Indian journal of veterinary science and animal husbandry - Volume 5,
Year: 1935
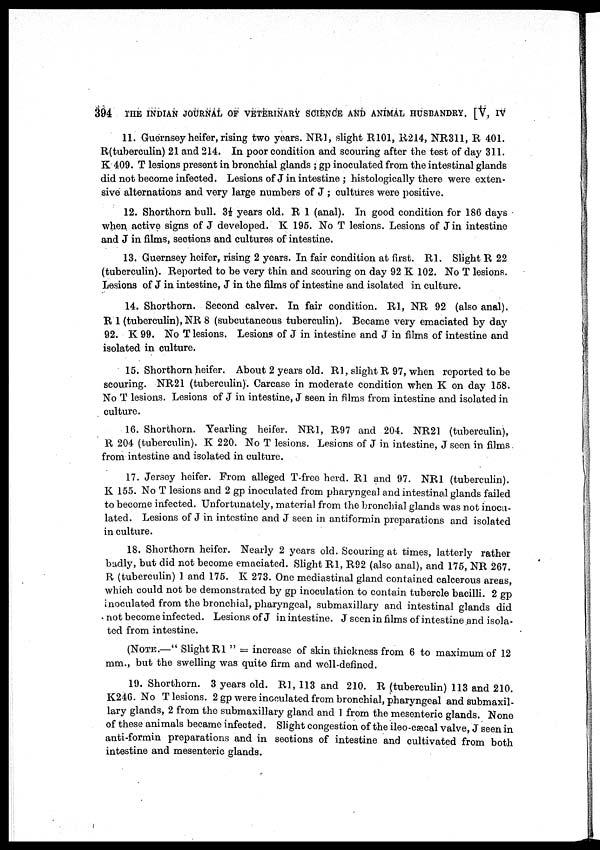
394
THE INDIAN JOURNAL OF VETERINARY SCIENCE AND ANIMAL HUSBANDRY. [V, IV
11. Guernsey heifer, rising two years. NR1, slight R101, R214, NR311, R 401.
R(tuberculin) 21 and 214. In poor condition and scouring after the test of day 311.
K 409. T lesions present in bronchial glands ; gp inoculated from the intestinal glands
did not become infected. Lesions of J in intestine ; histologically there were exten-
sive alternations and very large numbers of J ; cultures were positive.
12. Shorthorn bull. 3½ years old. R 1 (anal). In good condition for 186 days
when active signs of J developed. K 195. No T lesions. Lesions of J in intestine
and J in films, sections and cultures of intestine.
13. Guernsey heifer, rising 2 years. In fair condition at first. R1. Slight R 22
(tuberculin). Reported to be very thin and scouring on day 92 K 102. No T lesions.
Lesions of J in intestine, J in the films of intestine and isolated in culture.
14. Shorthorn. Second calver. In fair condition. R1, NR 92 (also anal).
R 1 (tuberculin), NR 8 (subcutaneous tuberculin). Became very emaciated by day
92. K 99. No T lesions. Lesions of J in intestine and J in films of intestine and
isolated in culture.
15. Shorthorn heifer. About 2 years old. R1, slight R 97, when reported to be
scouring. NR21 (tuberculin). Carcase in moderate condition when K on day 158.
No T lesions. Lesions of J in intestine, J seen in films from intestine and isolated in
culture.
16. Shorthorn. Yearling heifer. NR1, R97 and 204. NR21 (tuberculin),
R 204 (tuberculin). K 220. No T lesions. Lesions of J in intestine, J seen in films
from intestine and isolated in culture.
17. Jersey heifer. From alleged T-free herd. R1 and 97. NR1 (tuberculin).
K 155. No T lesions and 2 gp inoculated from pharyngeal and intestinal glands failed
to become infected. Unfortunately, material from the bronchial glands was not inocu-
lated. Lesions of J in intestine and J seen in antiformin preparations and isolated
in culture.
18. Shorthorn heifer. Nearly 2 years old. Scouring at times, latterly rather
badly, but did not become emaciated. Slight R1, R92 (also anal), and 175, NR 267.
R (tuberculin) 1 and 175. K 273. One mediastinal gland contained calcerous areas,
which could not be demonstrated by gp inoculation to contain tubercle bacilli. 2 gp
inoculated from the bronchial, pharyngeal, submaxillary and intestinal glands did
not become infected. Lesions of J in intestine. J seen in films of intestine and isola-
ted from intestine.
(NOTE.—" Slight R1 " = increase of skin thickness from 6 to maximum of 12
mm., but the swelling was quite firm and well-defined.
19. Shorthorn. 3 years old. R1, 113 and 210. R (tuberculin) 113 and 210.
K246. No T lesions. 2 gp were inoculated from bronchial, pharyngeal and submaxil-
lary glands, 2 from the submaxillary gland and 1 from the mesenteric glands. None
of these animals became infected. Slight congestion of the ileo-cæcal valve, J seen in
anti-formin preparations and in sections of intestine and cultivated from both
intestine and mesenteric glands.